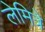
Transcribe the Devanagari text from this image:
लेमित्रे